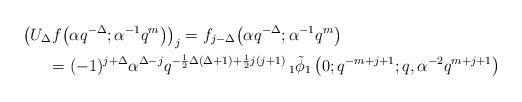
LaTeX: \begin{align*} &\left(U_{\Delta}f\!\left(\alpha q^{-\Delta};\alpha^{-1}q^{m}\right)\right)_{j}=f_{j-\Delta}\!\left(\alpha q^{-\Delta};\alpha^{-1}q^{m}\right)\\ &\hskip20pt=(-1)^{j+\Delta}\alpha^{\Delta-j}q^{-\frac{1}{2}\Delta(\Delta+1)+\frac{1}{2}j(j+1)}\,_{1}\tilde{\phi}_{1}\left(0;q^{-m+j+1};q,\alpha^{-2}q^{m+j+1}\right) \end{align*}